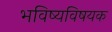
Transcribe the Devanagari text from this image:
भविष्यविषयक